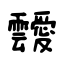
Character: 靉